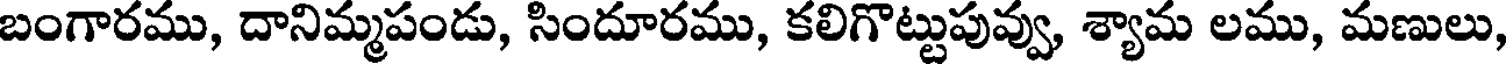
బంగారము, దానిమ్మపండు, సిందూరము, కలిగొట్టుపువ్వు, శ్యామ లము, మణులు,